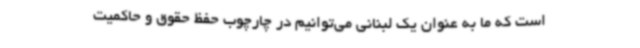
است که ما به عنوان یک لبنانی می‌توانیم در چارچوب حفظ حقوق و حاکمیت